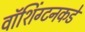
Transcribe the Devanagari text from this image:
वॉशिंग्टनकडे